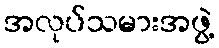
အလုပ်သမားအဖွဲ့